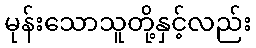
မုန်းသောသူတို့နှင့်လည်း